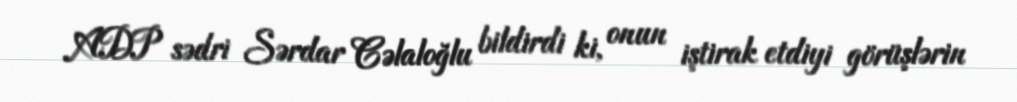
ADP sədri Sərdar Cəlaloğlu bildirdi ki, onun iştirak etdiyi görüşlərin